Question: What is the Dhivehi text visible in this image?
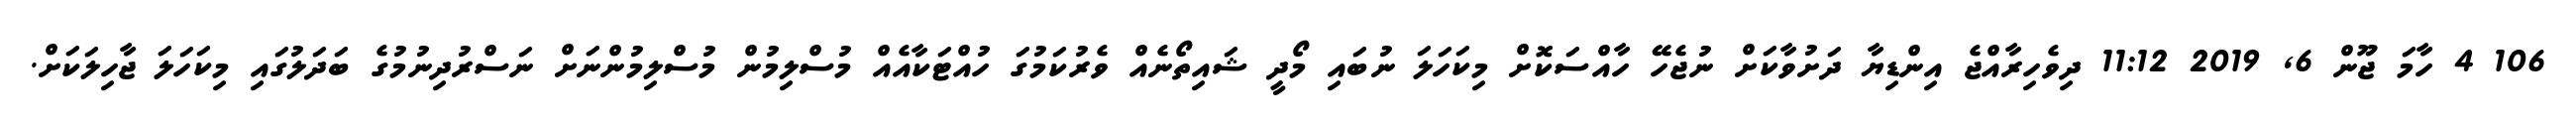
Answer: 106 4 ހާމަ ޖޫން 6, 2019 11:12 ދިވެހިރާއްޖެ އިންޑިޔާ ދަށުވާކަށް ނުޖެހޭ ހާއްސަކޮށް މިކަހަލަ ނުބައި މޯދީ ޝައިތޯނެއް ވެރުކަމުގަ ހުއްޓަކާއެއް މުސްލިމުން މުސްލިމުންނަށް ނަސްރުދިނުމުގެ ބަދަލުގައި މިކަހަލަ ޖާހިލަކަށް.